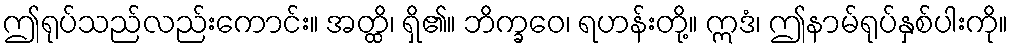
ဤရုပ်သည်လည်းကောင်း။ အတ္ထိ၊ ရှိ၏။ ဘိက္ခဝေ၊ ရဟန်းတို့။ ဣဒံ၊ ဤနာမ်ရုပ်နှစ်ပါးကို။